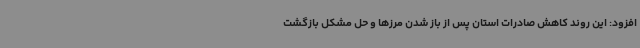
افزود: این روند کاهش صادرات استان پس از باز شدن مرزها و حل مشکل بازگشت